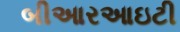
બીઆરઆઇટી